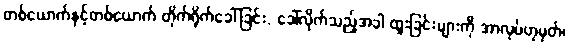
တစ်ယောက်နှင့်တစ်ယောက် တိုက်ရိုက်ခေါ်ခြင်း, ခေါ်လိုက်သည့်အခါ ထူးခြင်းများကို အာလုပ်ဟုမှတ်၊